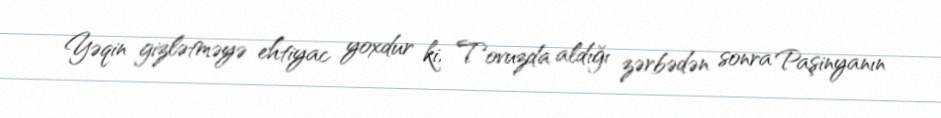
Yəqin gizlətməyə ehtiyac yoxdur ki, Tovuzda aldığı zərbədən sonra Paşinyanın